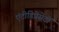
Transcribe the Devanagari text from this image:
एंटीडिप्रेसेंटों